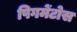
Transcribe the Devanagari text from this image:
पिगमेंटोस